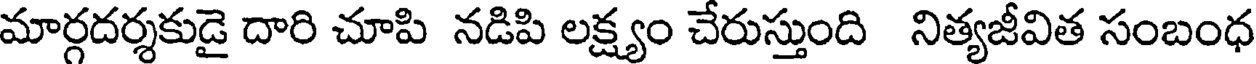
మార్గదర్శకుడై దారి చూపి నడిపి లక్ష్యం చేరుస్తుంది నిత్యజీవిత సంబంధ